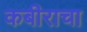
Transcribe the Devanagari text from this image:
कबीराचा